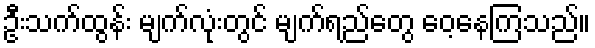
ဦးသက်ထွန်း မျက်လုံးတွင် မျက်ရည်တွေ ဝေ့နေကြသည်။